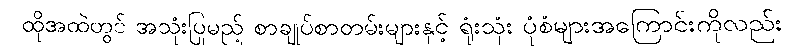
ထိုအထဲတွင် အသုံးပြုမည့် စာချုပ်စာတမ်းများနှင့် ရုံးသုံး ပုံစံများအကြောင်းကိုလည်း